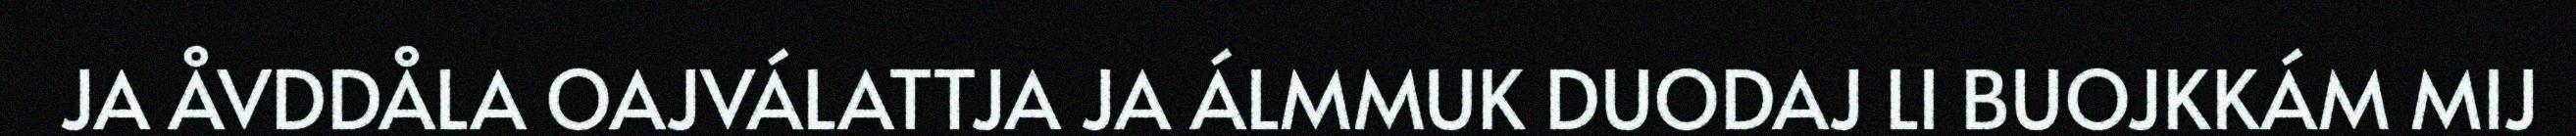
JA ÅVDDÅLA OAJVÁLATTJA JA ÁLMMUK DUODAJ LI BUOJKKÁM MIJ